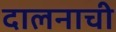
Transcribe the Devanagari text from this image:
दालनाची